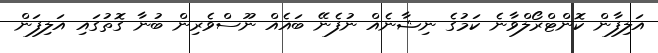
އަލިފާން ކޮންޓްރޯލްވާނެ ކަމުގެ ނިޝާނެއް ނުފެނޭ ބައެއް ނޫސްވެރިން ބުނާ ގޮތުގައި އަލިފަން